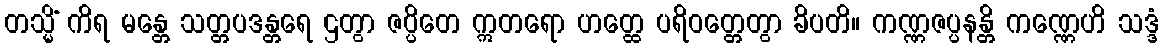
တသ္မိံ ကိရ မန္တေ သတ္တပဒန္တရေ ဌတွာ ဇပ္ပိတေ ဣတရော ဟတ္ထေ ပရိဝတ္တေတွာ ခိပတိ။ ကဏ္ဏဇပ္ပနန္တိ ကဏ္ဏေဟိ သဒ္ဒံ